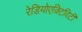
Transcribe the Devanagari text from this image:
रेडियोएक्टिविटी